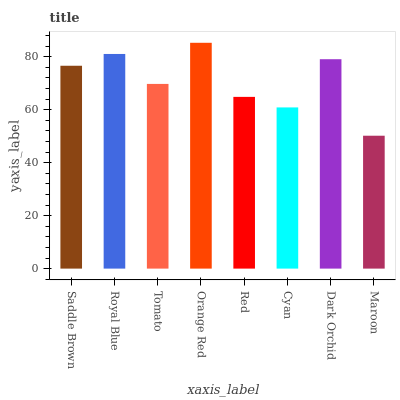
| xaxis_label | bars |
 | --- | --- |
 | Saddle Brown | 76.6 |
 | Royal Blue | 81 |
 | Tomato | 69.7 |
 | Orange Red | 85.3 |
 | Red | 64.8 |
 | Cyan | 60.9 |
 | Dark Orchid | 79.1 |
 | Maroon | 50.2 |